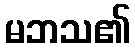
မဘသ၏